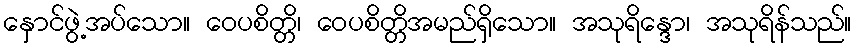
နှောင်ဖွဲ့အပ်သော။ ဝေပစိတ္တိ၊ ဝေပစိတ္တိအမည်ရှိသော။ အသုရိန္ဒော၊ အသုရိန်သည်။